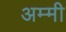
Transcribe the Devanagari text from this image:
अम्मी